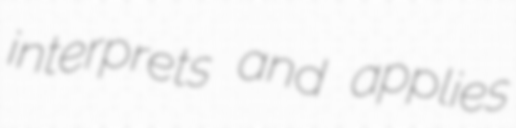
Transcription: interprets and applies